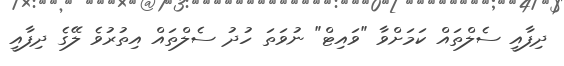
ދިފާއީ ސެލްތައް ކަމަށްވާ "ވައިޓް" ނުވަތަ ހުދު ސެލްތައް އިތުރުވެ ލޭގެ ދިފާއީ